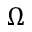
\Omega